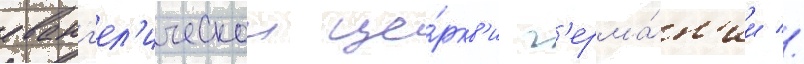
еванг'ел'ическои це́ркв'и г'ерма́н'ии //